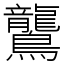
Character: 鸗